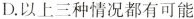
D.以上三种情况都有可能